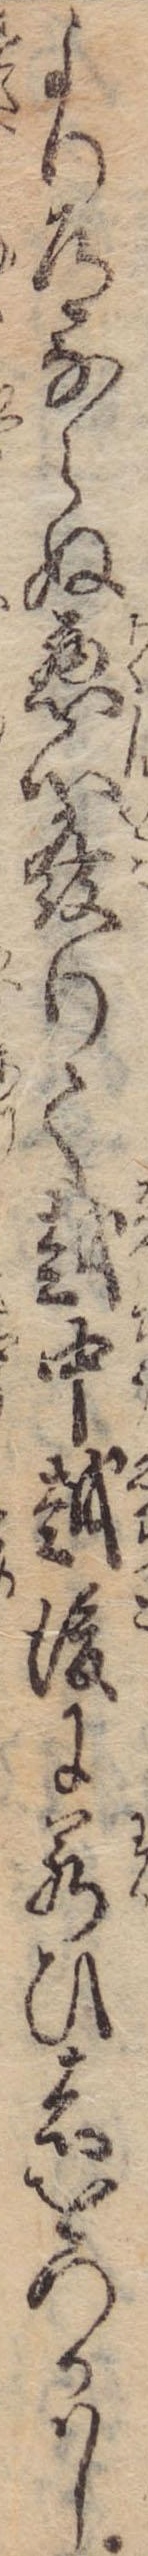
より道ならぬ悪心発りて越中越後に若ひ者をつかはし